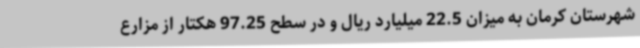
شهرستان کرمان به میزان 22.5 میلیارد ریال و در سطح 97.25 هکتار از مزارع